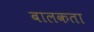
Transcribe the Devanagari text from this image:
बालकता